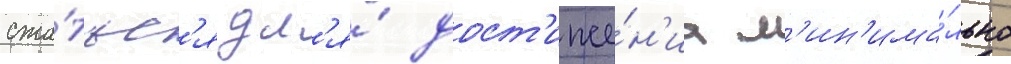
сжа́тьс'я дл'я́ дост'иже́н'иа м'ин'има́льно